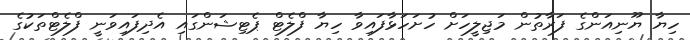
ހިޔާ ޔޫނިއަންގެ ފަރާތުން މަޖިލީހަށް ހުށަހަޅާފައިވާ ހިޔާ ފްލެޓް ޕެޓިޝަންގައި އެދިފައިވަނީ ފްލެޓްތަކުގެ